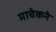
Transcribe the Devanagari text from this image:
माचेकने